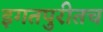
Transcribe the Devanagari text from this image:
इगतपुरीतच